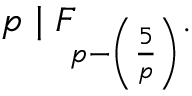
p \mid F _ { p - \left( { \frac { 5 } { p } } \right) } .